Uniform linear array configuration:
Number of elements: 16
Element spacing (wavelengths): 1
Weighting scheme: kaiser
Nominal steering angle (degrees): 45
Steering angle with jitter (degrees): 45.285
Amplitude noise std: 0.05
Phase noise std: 0.05

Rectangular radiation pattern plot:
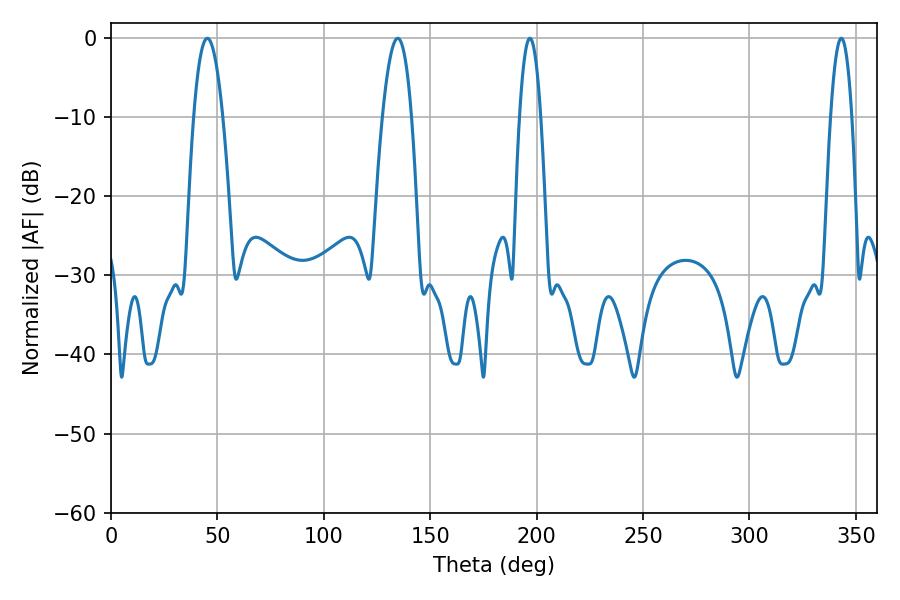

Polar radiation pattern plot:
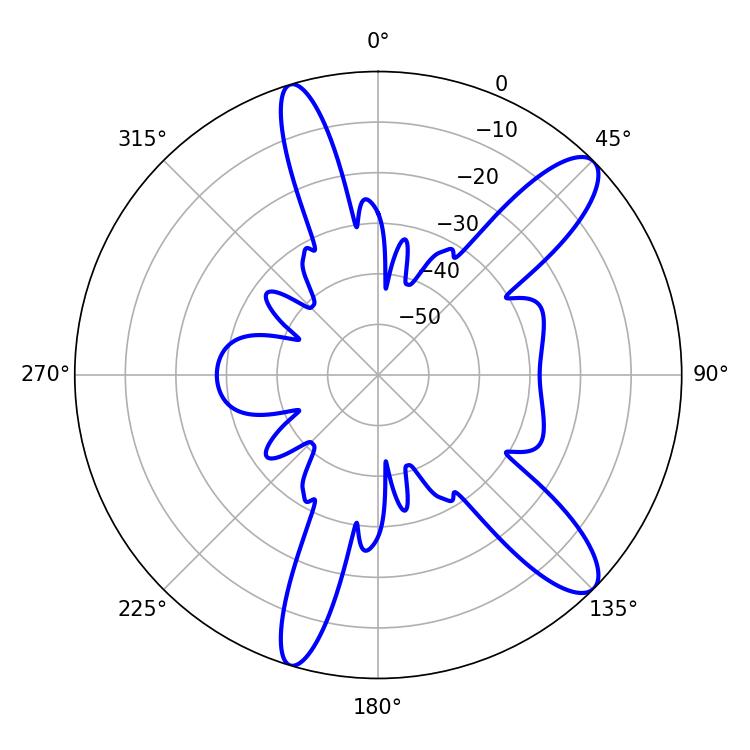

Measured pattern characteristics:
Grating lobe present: TRUE
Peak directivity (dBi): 11.461
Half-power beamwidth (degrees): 7.56
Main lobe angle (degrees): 134.82